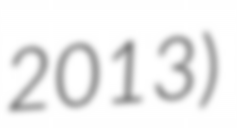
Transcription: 2013)